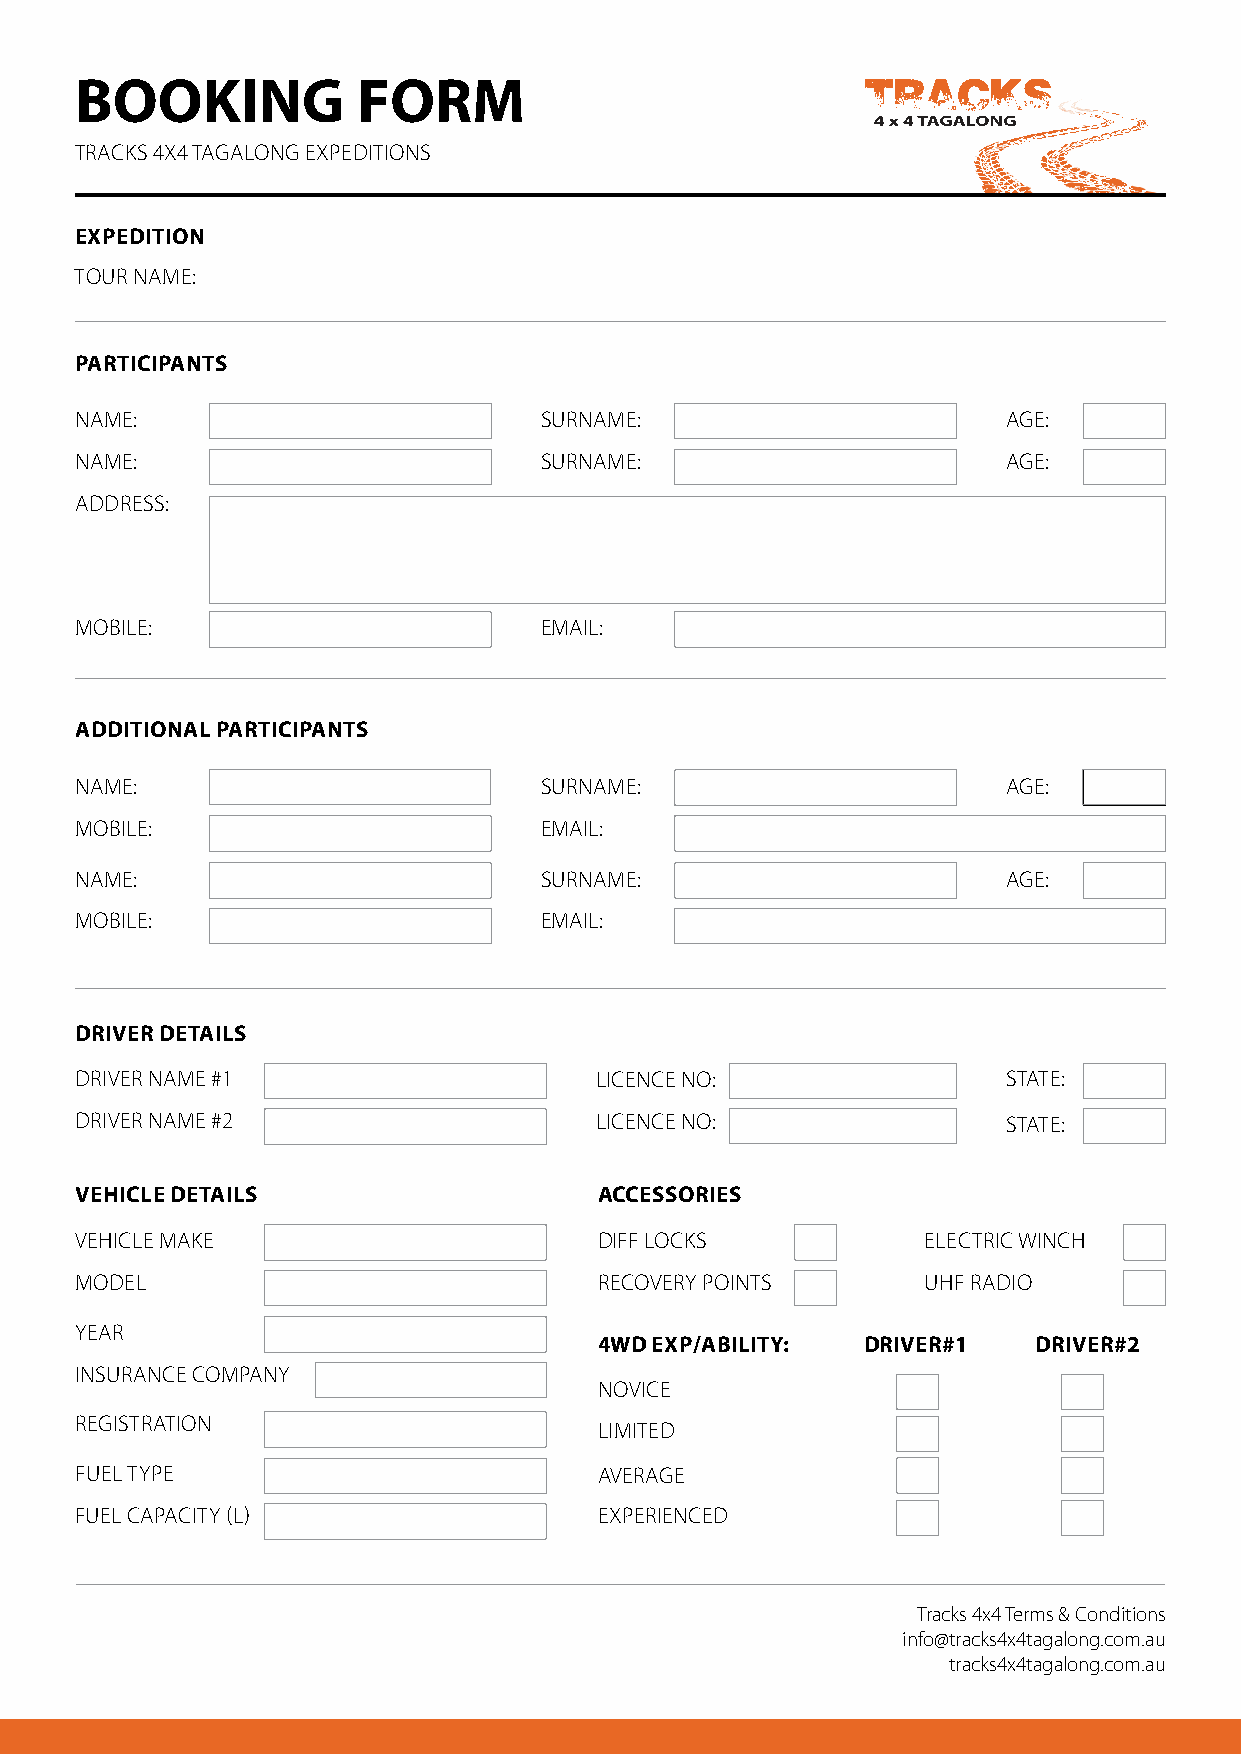
BOOKING            FORM
 TRACKS 4X4 TAGALONG EXPEDITIONS
 EXPEDITION
 TOUR NAME:
 PARTICIPANTS
 NAME:                          SURNAME:                       AGE:
 NAME:                          SURNAME:                       AGE:
 ADDRESS:
 MOBILE:                        EMAIL:
 ADDITIONAL PARTICIPANTS
 NAME:                          SURNAME:                       AGE:
 MOBILE:                        EMAIL:
 NAME:                          SURNAME:                       AGE:
 MOBILE:                        EMAIL:
 DRIVER DETAILS
 DRIVER NAME #1                    LICENCE NO:                 STATE:
 DRIVER NAME #2                    LICENCE NO:                 STATE:
 VEHICLE DETAILS                    ACCESSORIES
 VEHICLE MAKE                       DIFF LOCKS           ELECTRIC WINCH
 MODEL                              RECOVERY POINTS      UHF RADIO
 YEAR
 4WD EXP/ABILITY: DRIVER#1    DRIVER#2
 INSURANCE COMPANY
 NOVICE
 REGISTRATION
 LIMITED
 FUEL TYPE                          AVERAGE
 FUEL CAPACITY (L)                  EXPERIENCED
 Tracks 4x4 Terms & Conditions
 info@tracks4x4tagalong.com.au
 tracks4x4tagalong.com.au